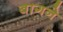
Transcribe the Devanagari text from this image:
बागने